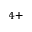
^ { 4 + }